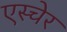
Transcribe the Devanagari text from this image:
एस्चेर